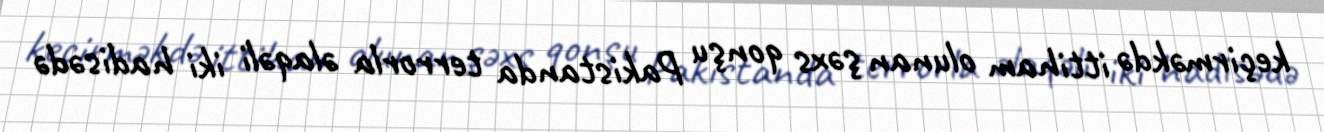
keçirməkdə ittiham olunan şəxs qonşu Pakistanda terrorla əlaqəli iki hadisədə